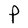
Character: P